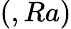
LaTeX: (,Ra)